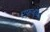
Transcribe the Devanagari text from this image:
एफ़॰ए॰